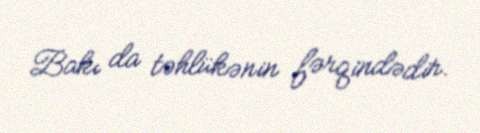
Bakı da təhlükənin fərqindədir.